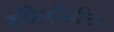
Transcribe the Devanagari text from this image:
स्फैरोमीटर